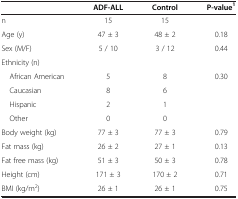
|  | ADF-ALL | Control | P-value1 |
 | --- | --- | --- | --- |
 | n | 15 | 15 |  |
 | Age (y) | 47 ± 3 | 48 ± 2 | 0.18 |
 | Sex (M/F) | 5 / 10 | 3 / 12 | 0.44 |
 | Ethnicity (n) |  |  |  |
 | African American | 5 | 8 | 0.30 |
 | Caucasian | 8 | 6 |  |
 | Hispanic | 2 | 1 |  |
 | Other | 0 | 0 |  |
 | Body weight (kg) | 77 ± 3 | 77 ± 3 | 0.79 |
 | Fat mass (kg) | 26 ± 2 | 27 ± 1 | 0.13 |
 | Fat free mass (kg) | 51 ± 3 | 50 ± 3 | 0.78 |
 | Height (cm) | 171 ± 3 | 170 ± 2 | 0.71 |
 | BMI (kg/m2) | 26 ± 1 | 26 ± 1 | 0.75 |